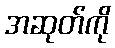
အဆုတ်ကို